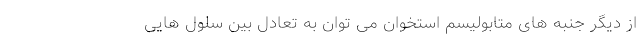
از دیگر جنبه های متابولیسم استخوان می توان به تعادل بین سلول هایی